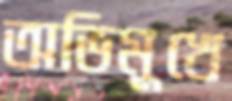
অভিমুখে